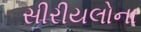
સીરીયલોના